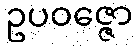
ဥပဝဇ္ဇော